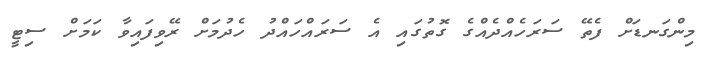
މިންގަނޑަށް ފެތޭ ސަރަހެއްދެއްގެ ގޮތުގައި އެ ސަރައްހައްދު ހެދުމަށް ރޭވިފައިވާ ކަމަށް ސިޓީ